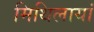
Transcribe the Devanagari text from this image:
मिथिलायां